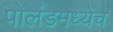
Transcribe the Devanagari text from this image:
पोलंडमध्येच